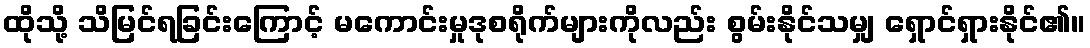
ထိုသို့ သိမြင်ရခြင်းကြောင့် မကောင်းမှုဒုစရိုက်များကိုလည်း စွမ်းနိုင်သမျှ ရှောင်ရှားနိုင်၏။